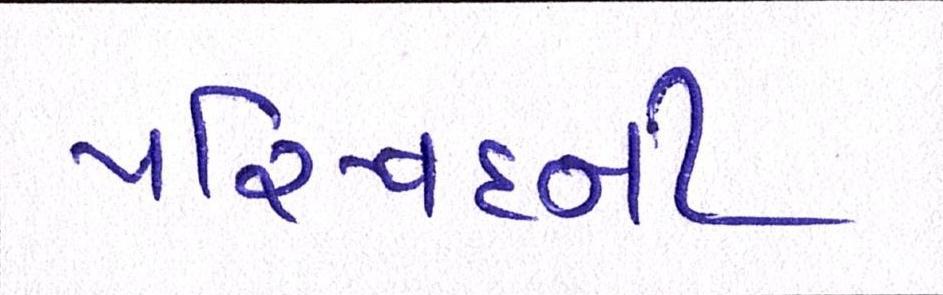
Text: પરિષદની